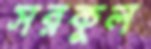
সরকুল